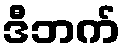
ဒီဘက်